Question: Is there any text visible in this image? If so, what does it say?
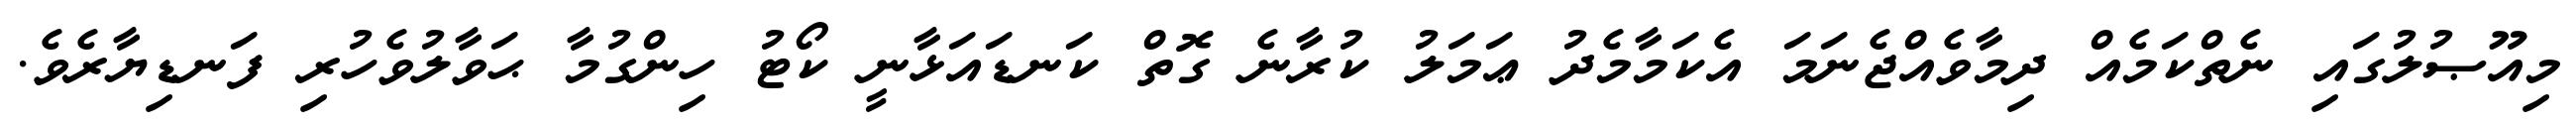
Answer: މިއޫޞުލުގައި ނެތްކަމެއް ދިމާވެއްޖެނަމަ އެކަމާމެދު ޢަމަލު ކުރާނެ ގޮތް ކަނޑައަޅާނީ ކޯޓު ހިންގުމާ ޙަވާލުވެހުރި ފަނޑިޔާރެވެ.